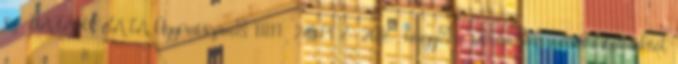
sz. HATÁROZATA Ügyiratszám: MN 28574-8 2016. Tárgy: a reklám más médiatartalmaktól